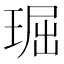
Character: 㻕